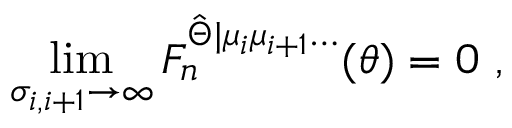
\operatorname * { l i m } _ { \sigma _ { i , i + 1 } \rightarrow \infty } F _ { n } ^ { \hat { \Theta } | \mu _ { i } \mu _ { i + 1 } \ldots } ( \theta ) = 0 \, \, ,